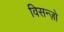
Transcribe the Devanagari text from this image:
विसन्ज़ो